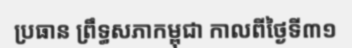
ប្រធាន ព្រឹទ្ធសភាកម្ពុជា កាលពីថ្ងៃទី៣១